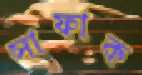
সাফাক